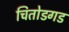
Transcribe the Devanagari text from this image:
चितोडगड